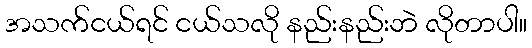
အသက်ငယ်ရင် ငယ်သလို နည်းနည်းဘဲ လိုတာပါ။